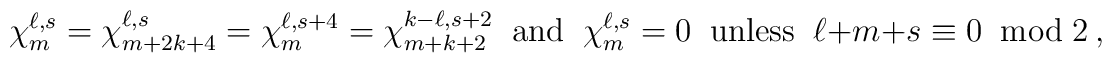
\chi_m^{\ell,s}=\chi_{m+2k+4}^{\ell,s}=\chi_m^{\ell,s+4}=\chi_{m+k+2}^{k-\ell,s+2}\;\;{\rm and}\;\;\chi_m^{\ell,s}=0 \;\; {\rm unless} \;\; \ell+m+s\equiv 0 \;\; {\rm mod}\; 2~,